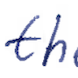
Text: th
Cross-out: clean
Writing tool: ballpoint